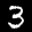
Label: 3